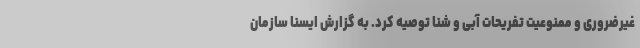
غیرضروری و ممنوعیت تفریحات آبی و شنا توصیه کرد. به گزارش ایسنا سازمان